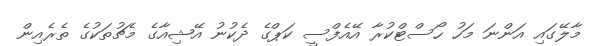
މާލޭގައި އަންނަ މަހު ހޯސްޓްކުރާ އޭއެފްސީ ކަޕްގެ ދެކުނު އޭޝިއާގެ މެޗުތަކުގެ ތެރެއިން